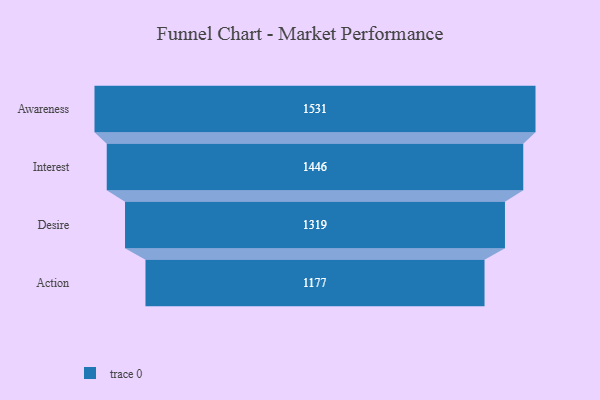
{"axis": {"x": "Stage", "y": "Value"}, "legend": [""], "data": [{"x": "Awareness", "y": 1531.0, "type": ""}, {"x": "Interest", "y": 1446.0, "type": ""}, {"x": "Desire", "y": 1319.0, "type": ""}, {"x": "Action", "y": 1177.0, "type": ""}]}